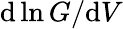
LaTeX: \mathrm{d}\ln G/\mathrm{d}V